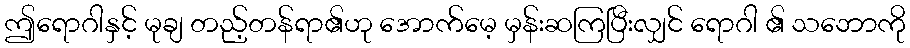
ဤရောဂါနှင့် မုချ တည့်တန်ရာ၏ဟု အောက်မေ့ မှန်းဆကြပြီးလျှင် ရောဂါ ၏ သဘောကို